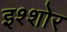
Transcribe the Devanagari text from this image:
इश्शोर